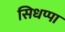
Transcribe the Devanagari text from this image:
सिधप्पा